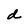
Character: d